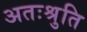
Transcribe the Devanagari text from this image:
अतःश्रुति